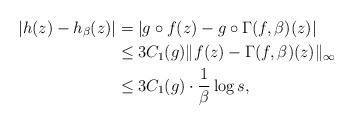
\begin{align*}|h(z) - h_{\beta}(z)| &= |g \circ f(z) - g \circ \Gamma(f, \beta)(z)| \\ &\leq 3C_1(g) \|f(z) - \Gamma(f, \beta)(z)\|_{\infty} \\&\leq 3C_1(g) \cdot \frac{1}{\beta} \log s, \end{align*}